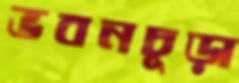
ভবনচূড়া